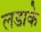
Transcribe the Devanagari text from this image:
लडाके